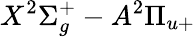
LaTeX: X^{2}\Sigma_{g}^{+}-A^{2}\Pi_{u+}